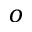
o